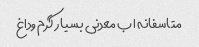
متاسفانه اب معدنی بسیار گرم وداغ